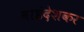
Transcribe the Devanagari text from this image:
वाइंदेशकर